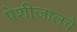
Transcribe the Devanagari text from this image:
पेशीजालचे